Annual administration report of the Civil Veterinary Department, Sind - 1940-1941
Year: 1940
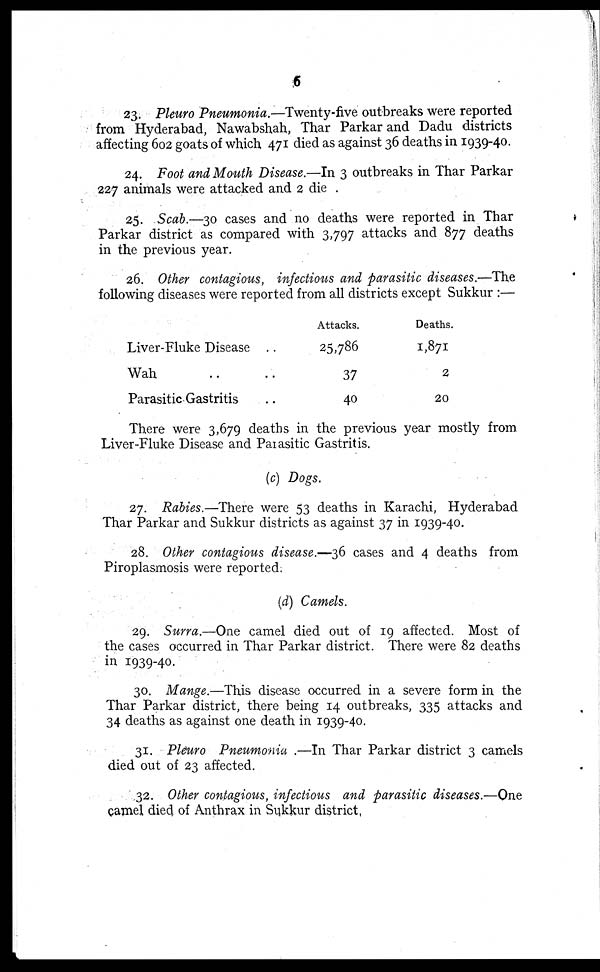
6
23. Pleuro Pneumonia.—Twenty-five outbreaks were reported
from Hyderabad, Nawabshah, Thar Parkar and Dadu districts
affecting 602 goats of which 471 died as against 36 deaths in 1939-40.
24. Foot and Mouth Disease.—In 3 outbreaks in Thar Parkar
227 animals were attacked and 2 die
25. Scab.—30 cases and no deaths were reported in Thar
Parkar district as compared with 3,797 attacks and 877 deaths
in the previous year.
26. Other contagious, infectious and parasitic diseases.—The
following diseases were reported from all districts except Sukkur :—
Liver-Fluke Disease ..
Wah .. ..
Parasitic Gastritis ..
Attacks.
25,786
37
40
Deaths.
1,871
2
20
There were 3,679 deaths in the previous year mostly from
Liver-Fluke Disease and Parasitic Gastritis.
(c) Dogs.
27. Rabies.—There were 53 deaths in Karachi, Hyderabad
Thar Parkar and Sukkur districts as against 37 in 1939-40.
28. Other contagious disease.—36 cases and 4 deaths from
Piroplasmosis were reported.
(d) Camels.
29. Surra.—One camel died out of 19 affected. Most of
the cases occurred in Thar Parkar district. There were 82 deaths
in 1939-40.
30. Mange.—This disease occurred in a severe form in the
Thar Parkar district, there being 14 outbreaks, 335 attacks and
34 deaths as against one death in 1939-40.
31. Pleuro Pneumonia.—In Thar Parkar district 3 camels
died out of 23 affected.
32. Other contagious, infectious and parasitic diseases.—One
camel died of Anthrax in Sukkur district.